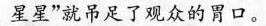
星星”就吊足了观众的胃口。